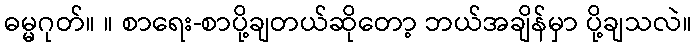
ဓမ္မဂုတ်။ ။ စာရေး-စာပို့ချတယ်ဆိုတော့ ဘယ်အချိန်မှာ ပို့ချသလဲ။